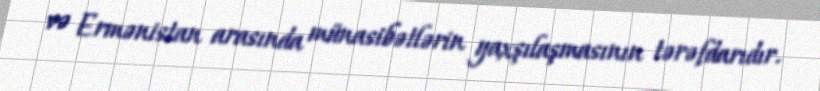
və Ermənistan arasında münasibətlərin yaxşılaşmasının tərəfdarıdır.